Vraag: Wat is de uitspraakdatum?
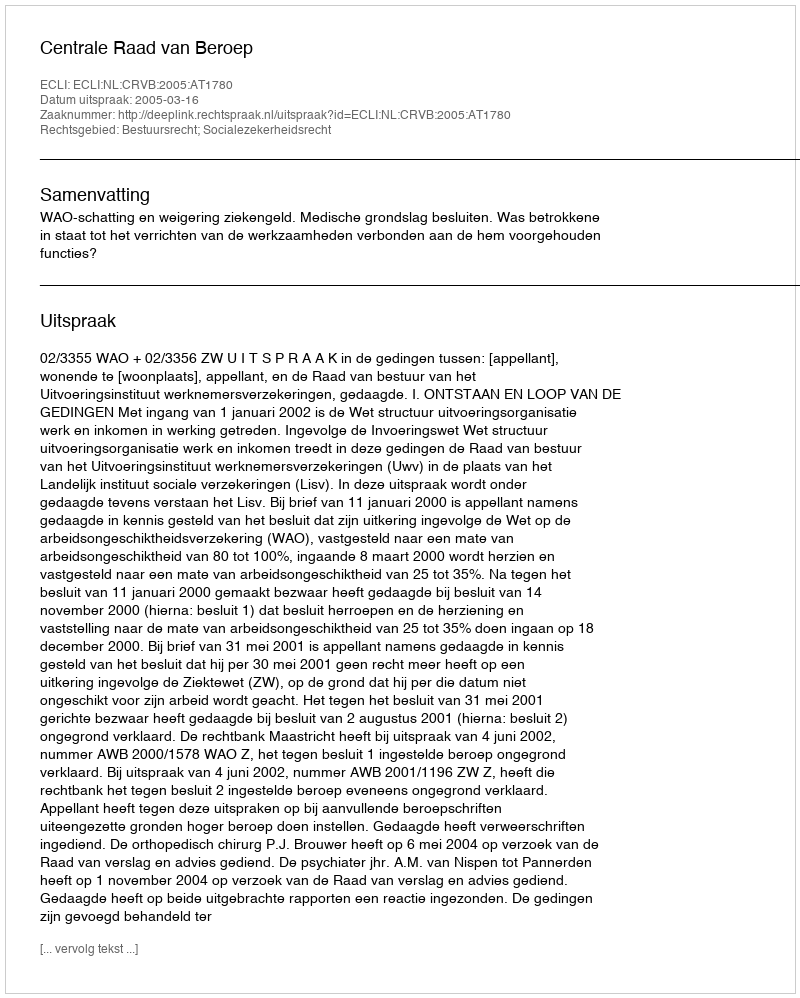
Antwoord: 2005-03-16